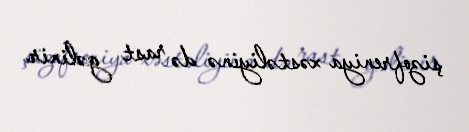
şizofreniya xəstəliyinə də rast gəlinir.